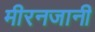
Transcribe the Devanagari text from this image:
मीरनजानी